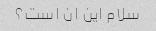
سلام این ان است؟